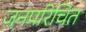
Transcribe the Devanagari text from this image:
जनपरिचित